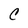
Character: C